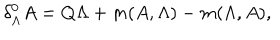
LaTeX: \delta _ { \Lambda } ^ { 0 } A = Q \Lambda + m ( A , \Lambda ) - m ( \Lambda , A ) ,